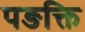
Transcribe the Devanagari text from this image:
पङक्ति